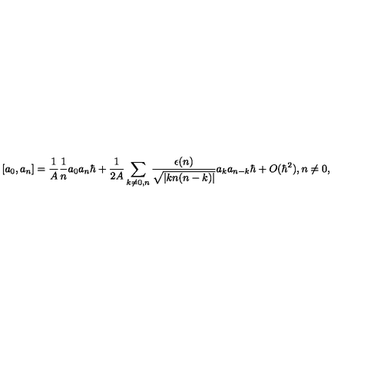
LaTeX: [ a _ { 0 } , a _ { n } ] = { \frac { 1 } { A } } { \frac { 1 } { n } } a _ { 0 } a _ { n } \hbar + { \frac { 1 } { 2 A } } \sum _ { k \ne 0 , n } { \frac { \epsilon ( n ) } { \sqrt { | k n ( n - k ) | } } } a _ { k } a _ { n - k } \hbar + O ( \hbar ^ { 2 } ) , n \ne 0 ,